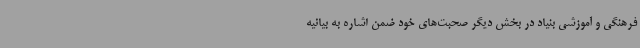
فرهنگی و آموزشی بنیاد در بخش دیگر صحبت‌های خود ضمن اشاره به بیانیه